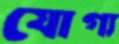
যোগ্য